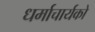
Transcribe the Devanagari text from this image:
धर्माचार्यको